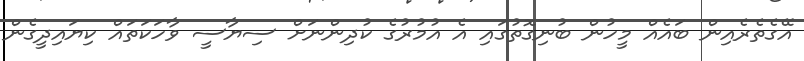
އޭގެތެރެއިން ބައެއް މީހުން ބުނިގޮތުގައި އެ އުމުރުގެ ކުދިންނަށް ސިޔާސީ ވާހަކަތައް ކިޔައިދީގެން